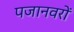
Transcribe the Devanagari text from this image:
पजानवरों